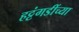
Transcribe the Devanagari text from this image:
हट्टंगडींच्या